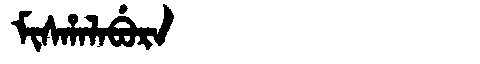
Manchu: ᠮᡳᠰᡥᠠᠯᠠᠪᡠᡵᠠ
Romanization: MISHALABURA